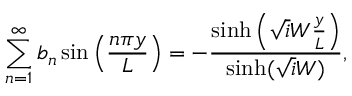
\sum _ { n = 1 } ^ { \infty } b _ { n } \sin \left( \frac { n \pi y } { L } \right) = - \frac { \sinh \left( \sqrt i W \frac { y } { L } \right) } { \sinh ( \sqrt i W ) } ,